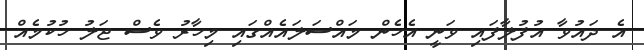
އެ ދައުވާ އުފުލާފައި ވަނީ އެހެން މައްސަލައެއްގައި މިހާރު ވެސް ޖަލު ހުކުމެއް